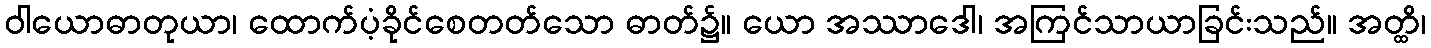
ဝါယောဓာတုယာ၊ ထောက်ပံ့ခိုင်စေတတ်သော ဓာတ်၌။ ယော အဿာဒေါ၊ အကြင်သာယာခြင်းသည်။ အတ္ထိ၊